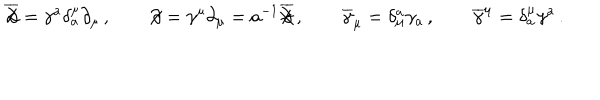
LaTeX: \overline { { { \not \! \partial } } } = \gamma ^ { a } \delta _ { a } ^ { \mu } \partial _ { \mu } \, , \qquad \not \! \partial = \gamma ^ { \mu } \partial _ { \mu } = a ^ { - 1 } \overline { { { \not \! \partial } } } \, , \qquad \overline { { { \gamma } } } _ { \mu } = \delta _ { \mu } ^ { a } \gamma _ { a } \, , \qquad \overline { { { \gamma } } } ^ { \mu } = \delta _ { a } ^ { \mu } \gamma ^ { a } \, .